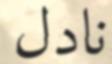
نادل